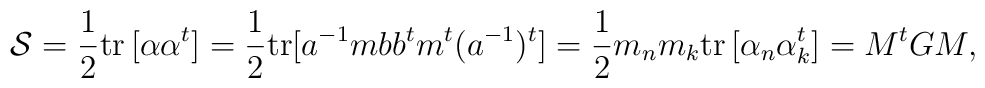
{\cal S}={1\over 2}{\rm tr}\, [\alpha\alpha^t]={1\over 2}{\rm tr}[a^{-1}mbb^tm^t(a^{-1})^t]={1\over 2}m_nm_k{\rm tr}\,[\alpha_n\alpha^t_k]=M^tGM,